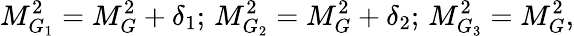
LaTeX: M_{G_{1}}^{2}=M_{G}^{2}+\delta_{1};\, M_{G_{2}}^{2}=M_{G}^{2}+\delta_{2};\, M_{G_{3}}^{2}=M_{G}^{2},